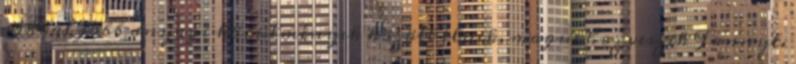
sokkal jobb anyagi körülmények között élnek, magukhoz veszik Fannyt.